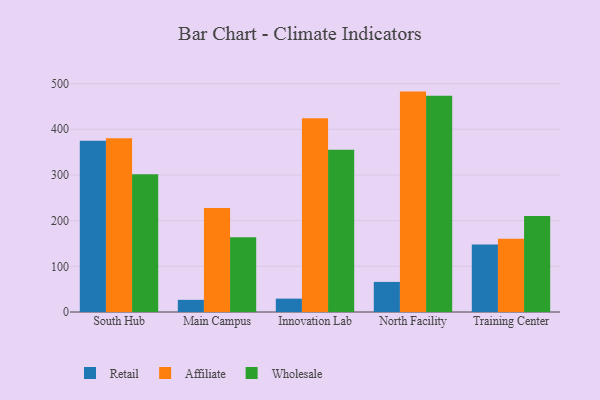
{"axis": {"x": "Campus", "y": "Temperature (°C)"}, "legend": ["Affiliate", "Retail", "Wholesale"], "data": [{"x": "South Hub", "y": 374.9, "type": "Retail"}, {"x": "South Hub", "y": 380.2, "type": "Affiliate"}, {"x": "South Hub", "y": 301.8, "type": "Wholesale"}, {"x": "Main Campus", "y": 26.6, "type": "Retail"}, {"x": "Main Campus", "y": 227.8, "type": "Affiliate"}, {"x": "Main Campus", "y": 163.9, "type": "Wholesale"}, {"x": "Innovation Lab", "y": 29.3, "type": "Retail"}, {"x": "Innovation Lab", "y": 424.2, "type": "Affiliate"}, {"x": "Innovation Lab", "y": 355.2, "type": "Wholesale"}, {"x": "North Facility", "y": 65.9, "type": "Retail"}, {"x": "North Facility", "y": 482.5, "type": "Affiliate"}, {"x": "North Facility", "y": 473.4, "type": "Wholesale"}, {"x": "Training Center", "y": 148.0, "type": "Retail"}, {"x": "Training Center", "y": 160.5, "type": "Affiliate"}, {"x": "Training Center", "y": 210.3, "type": "Wholesale"}]}